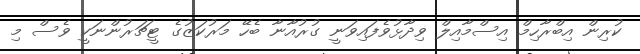
ކުރިން އިބްރާހިމް އިސްމާއިލް ވިދާޅުވެފައިވަނީ ގުރުއާނާ ބެހޭ މަރުކަޒުގެ ޓީޗަރުންނަކީ ވެސް މި